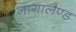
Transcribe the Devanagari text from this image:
नागालैण्‍ड